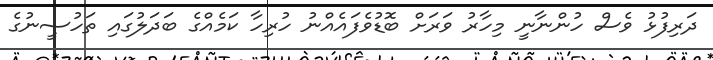
ދަރިފުޅު ވެސް ހުންނާނީ މިހާރު ވަރަށް ބޮޑުވެފައެއްނު ހުރިހާ ކަމެއްގެ ބަދަލުގައި ތަހުސީނުގެ